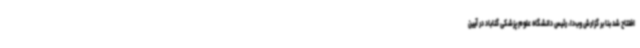
افتتاح شد بنا بر گزارش وب‌دا، رئیس دانشگاه علوم پزشکی گناباد در آیین